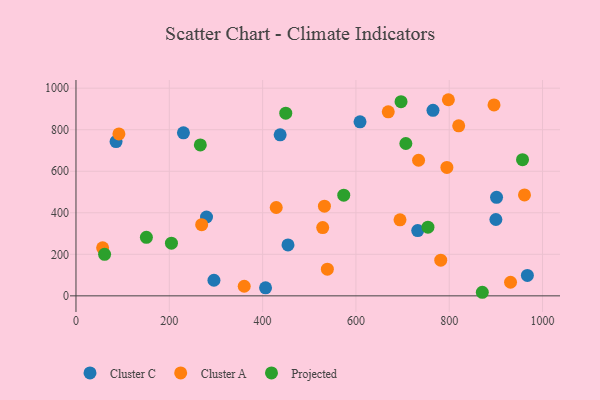
{"axis": {"x": "Engine Size", "y": "Exam Score"}, "legend": ["Cluster A", "Cluster C", "Projected"], "data": [{"x": "85.9", "y": 742.9, "type": "Cluster C"}, {"x": "230.3", "y": 785.0, "type": "Cluster C"}, {"x": "901.4", "y": 474.4, "type": "Cluster C"}, {"x": "406.3", "y": 38.6, "type": "Cluster C"}, {"x": "900.0", "y": 367.6, "type": "Cluster C"}, {"x": "608.8", "y": 837.8, "type": "Cluster C"}, {"x": "967.5", "y": 98.5, "type": "Cluster C"}, {"x": "437.6", "y": 775.3, "type": "Cluster C"}, {"x": "732.4", "y": 314.1, "type": "Cluster C"}, {"x": "765.2", "y": 893.5, "type": "Cluster C"}, {"x": "279.8", "y": 379.6, "type": "Cluster C"}, {"x": "454.4", "y": 245.3, "type": "Cluster C"}, {"x": "295.7", "y": 75.2, "type": "Cluster C"}, {"x": "961.3", "y": 485.8, "type": "Cluster A"}, {"x": "360.6", "y": 46.2, "type": "Cluster A"}, {"x": "781.8", "y": 172.0, "type": "Cluster A"}, {"x": "820.3", "y": 818.6, "type": "Cluster A"}, {"x": "528.8", "y": 328.9, "type": "Cluster A"}, {"x": "429.2", "y": 425.5, "type": "Cluster A"}, {"x": "57.1", "y": 231.3, "type": "Cluster A"}, {"x": "896.0", "y": 919.6, "type": "Cluster A"}, {"x": "669.3", "y": 886.2, "type": "Cluster A"}, {"x": "532.5", "y": 431.6, "type": "Cluster A"}, {"x": "694.5", "y": 366.1, "type": "Cluster A"}, {"x": "269.4", "y": 342.7, "type": "Cluster A"}, {"x": "734.3", "y": 652.9, "type": "Cluster A"}, {"x": "798.2", "y": 944.4, "type": "Cluster A"}, {"x": "538.8", "y": 128.6, "type": "Cluster A"}, {"x": "92.0", "y": 779.6, "type": "Cluster A"}, {"x": "795.0", "y": 618.2, "type": "Cluster A"}, {"x": "931.4", "y": 65.4, "type": "Cluster A"}, {"x": "870.9", "y": 17.2, "type": "Projected"}, {"x": "957.1", "y": 655.5, "type": "Projected"}, {"x": "61.3", "y": 200.0, "type": "Projected"}, {"x": "150.9", "y": 281.6, "type": "Projected"}, {"x": "573.9", "y": 485.0, "type": "Projected"}, {"x": "204.6", "y": 253.7, "type": "Projected"}, {"x": "449.6", "y": 879.7, "type": "Projected"}, {"x": "266.5", "y": 726.7, "type": "Projected"}, {"x": "696.7", "y": 935.2, "type": "Projected"}, {"x": "707.0", "y": 733.6, "type": "Projected"}, {"x": "754.4", "y": 330.6, "type": "Projected"}]}